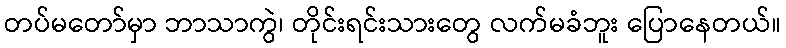
တပ်မတော်မှာ ဘာသာကွဲ၊ တိုင်းရင်းသားတွေ လက်မခံဘူး ပြောနေတယ်။